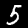
Label: 5